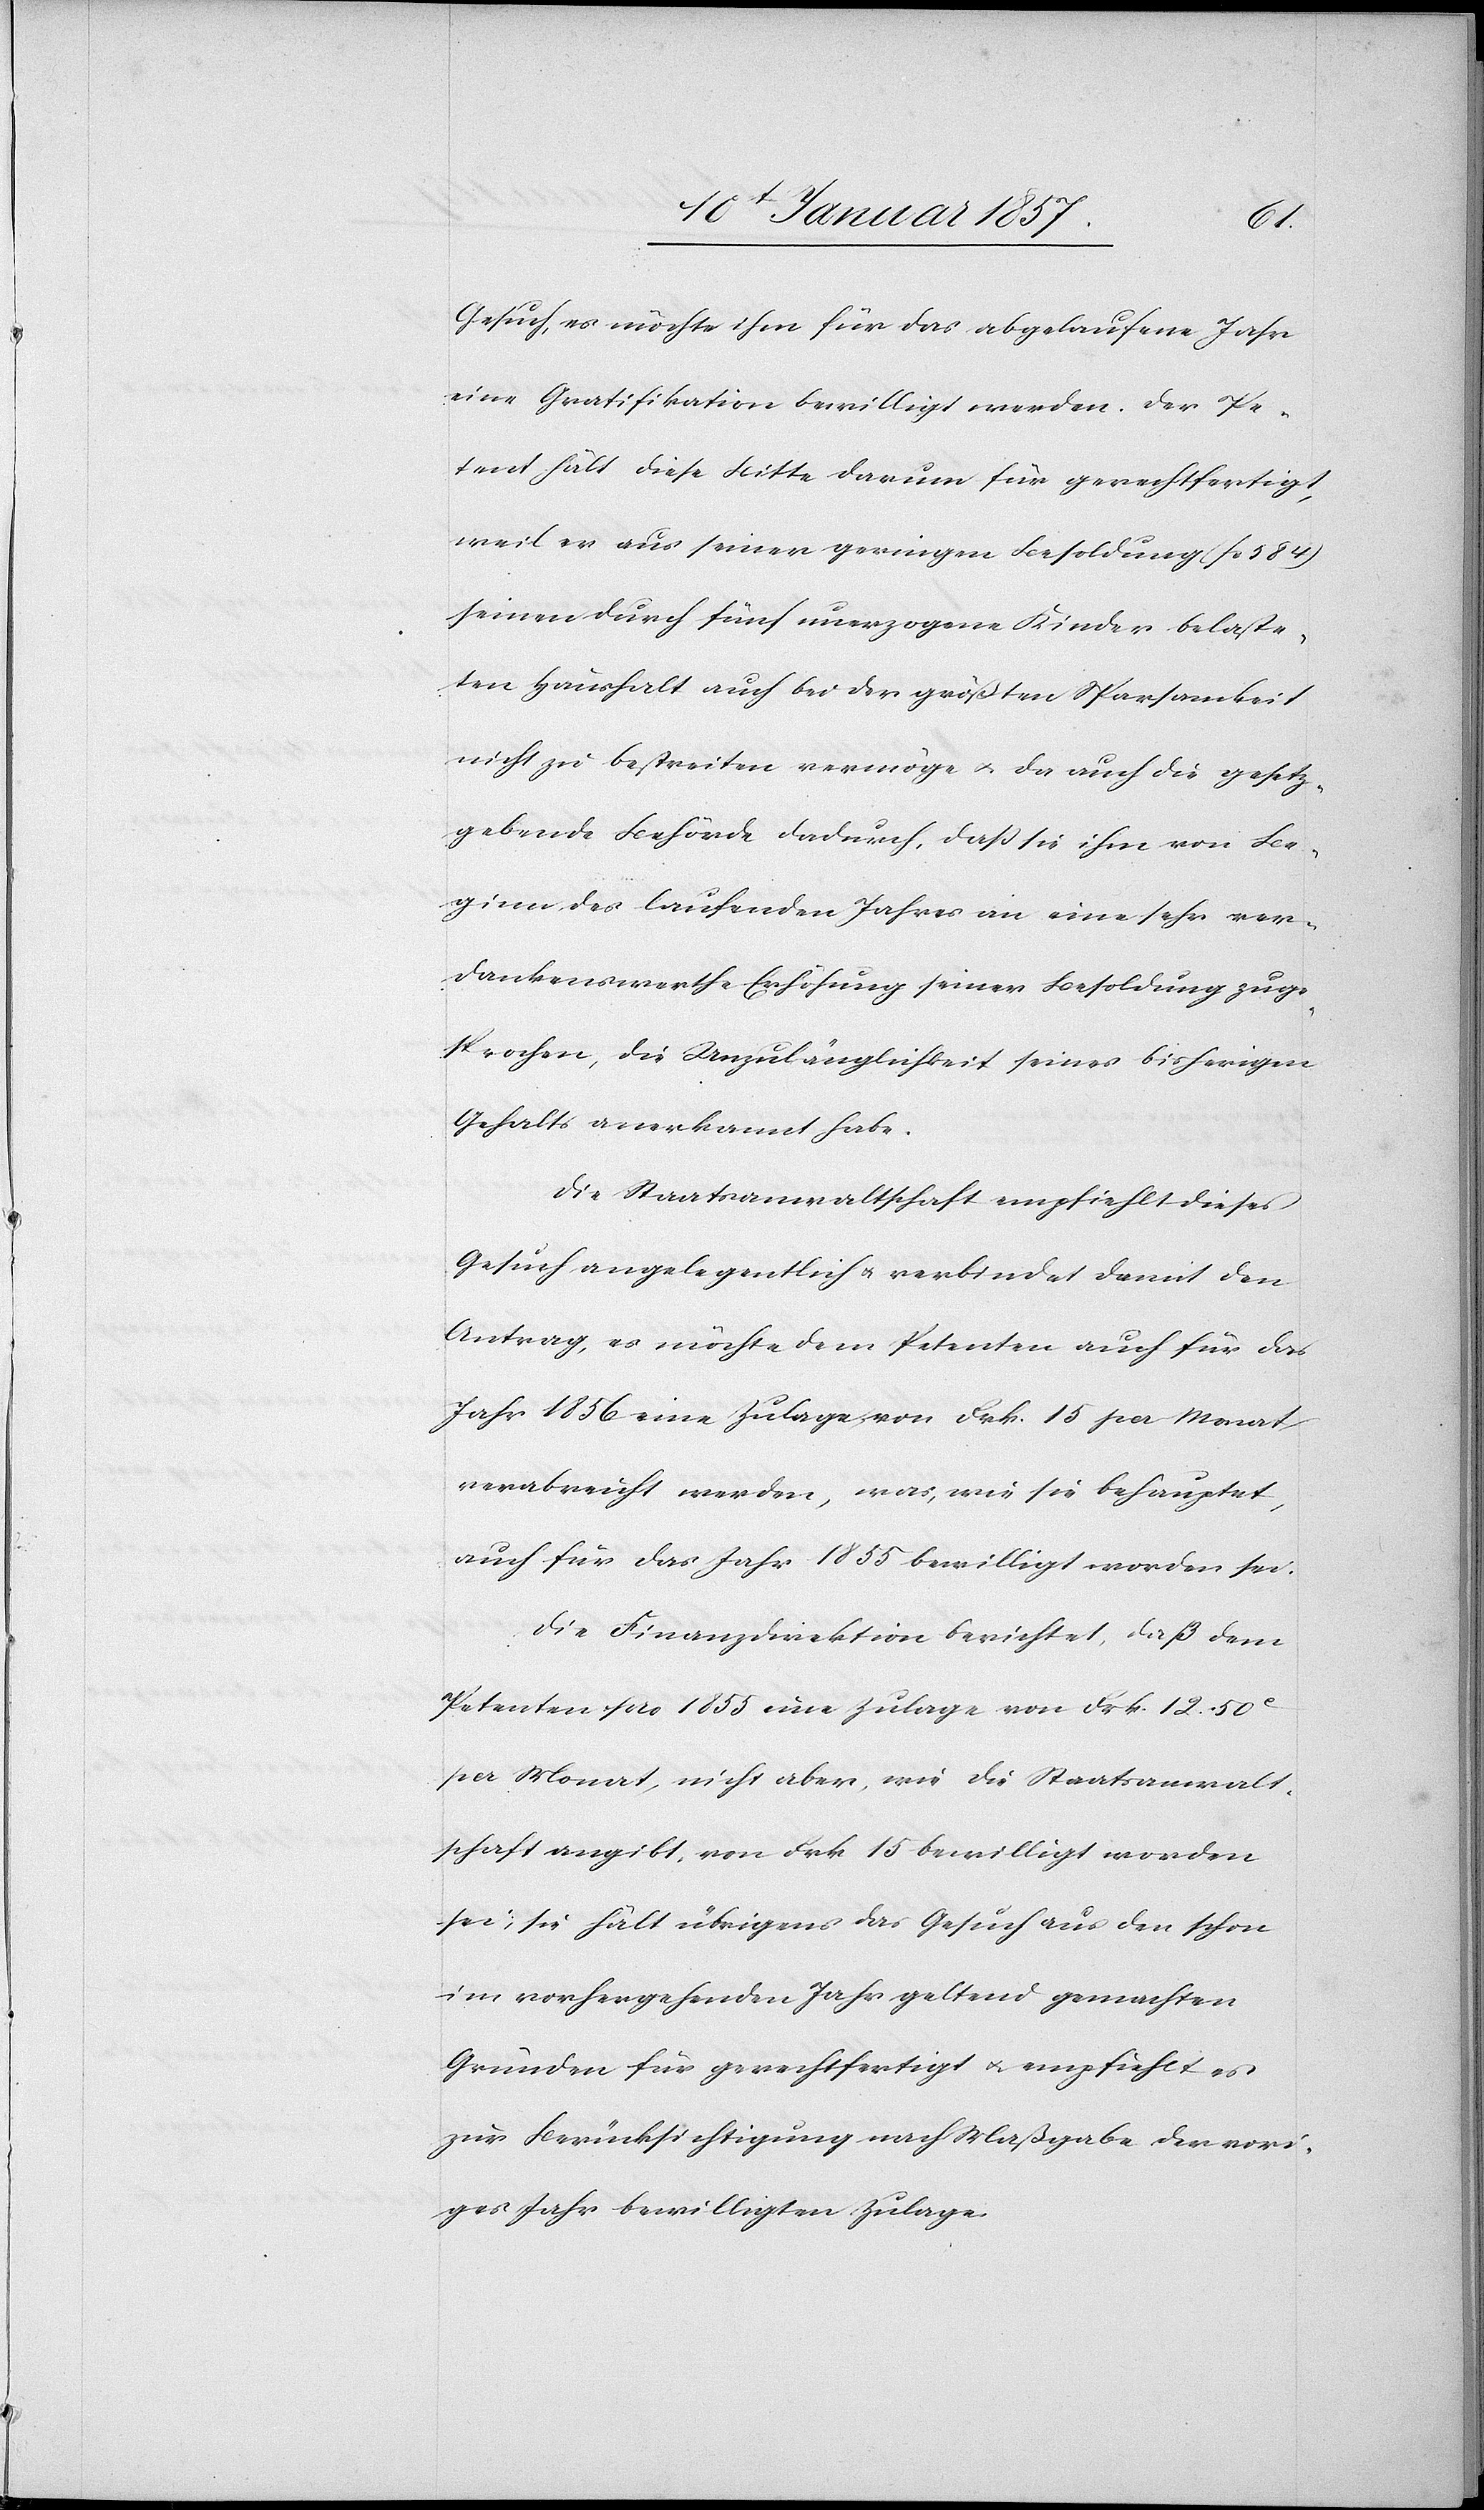
Gesuch, es möchte ihm für das abgelaufene Jahr
eine Gratifikation bewilligt werden. Der Pe¬
tent hält diese Bitte darum für gerechtfertigt
weil er aus seiner geringen Besoldung (fr 384)
seinen durch fünf unerzogene Kinder belaste¬
ten Haushalt auch bei der größten Sparsamkeit
nicht zu bestreiten vermöge & da auch die gesetz¬
gebende Behörde dadurch, daß sie ihn von Be¬
ginn des laufenden Jahres an eine sehr ver¬
dankenswerthe Erhöhung seiner Besoldung zuge¬
sprochen, die Unzulänglichkeit seines bisherigen
Gehalts anerkannt habe.
Die Staatsanwaltschaft empfiehlt dieses
Gesuch angelegentlich & verbindet damit den
Antrag, es möchte dem Petenten auch für das
Jahr 1856 eine Zulage von Frk. 15 pro Monat
verabreicht werden, was, wie sie behauptet
auch für das Jahr 1855 bewilligt worden sei.
Die Finanzdirektion berichtet, daß dem
Petenten pro 1855 eine Zulage von Frk. 12.50
pro Monat, nicht aber, wie die Staatsanwalt¬
schaft angibt, von Frk 15 bewilligt worden
sei; sie hält übrigens das Gesuch aus den schon
im vorhergehenden Jahr geltend gemachten
Gründen für gerechtfertigt & empfiehlt es
zur Berücksichtigung nach Maßgabe der vori¬
ges Jahr bewilligten Zulage.